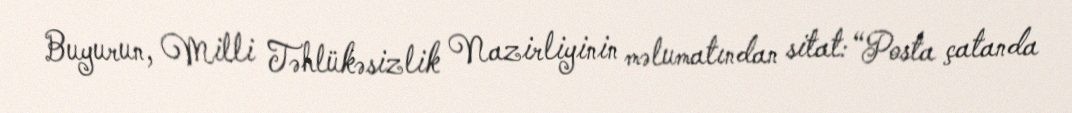
Buyurun, Milli Təhlükəsizlik Nazirliyinin məlumatından sitat: “Posta çatanda